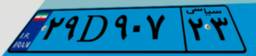
۶۳D۸۲۶۴۹